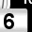
Digit: 6